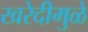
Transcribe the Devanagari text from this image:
खरेदीमुळे